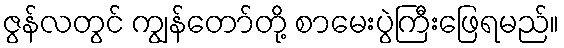
ဇွန်လတွင် ကျွန်တော်တို့ စာမေးပွဲကြီးဖြေရမည်။